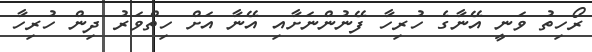
ރޯހިތު ވަނީ އޭނާގެ ހުރިހާ ފޭނުންނަށާއި އޭނާ އަށް ހިތްވަރު ދިން ހުރިހާ